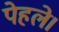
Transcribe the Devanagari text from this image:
पेहले।